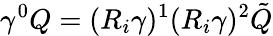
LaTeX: \gamma^{0}Q=(R_{i}\gamma)^{1}(R_{i}\gamma)^{2}\tilde{Q}